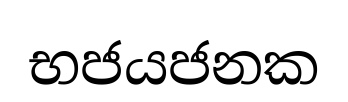
භජයජනක